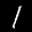
Label: 1